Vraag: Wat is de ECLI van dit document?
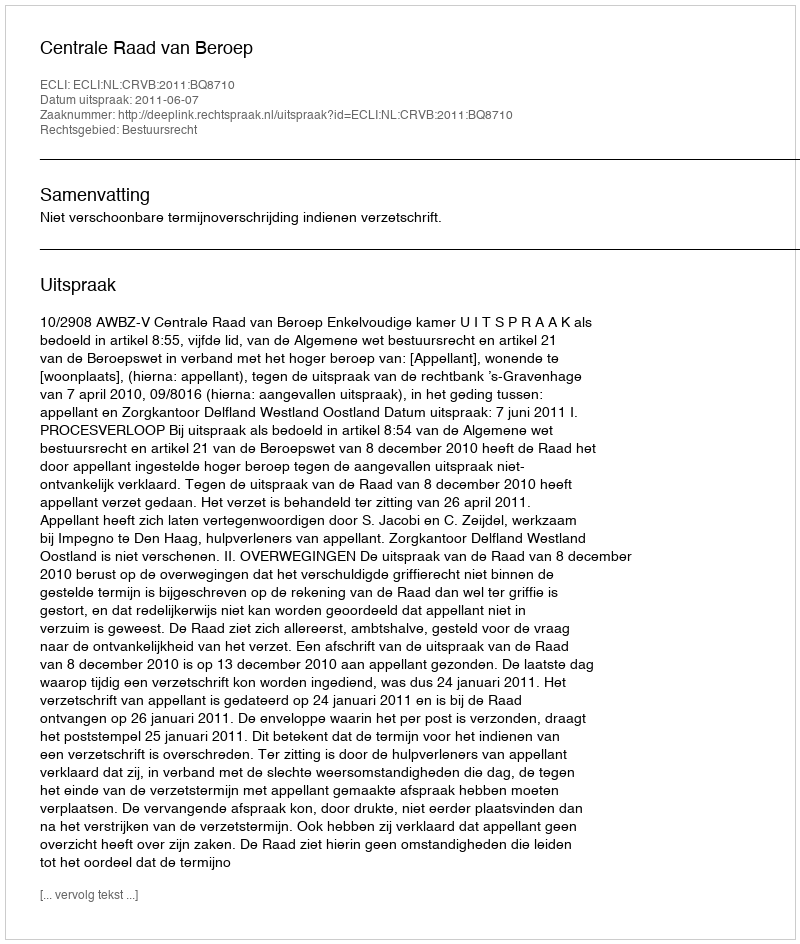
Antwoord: ECLI:NL:CRVB:2011:BQ8710